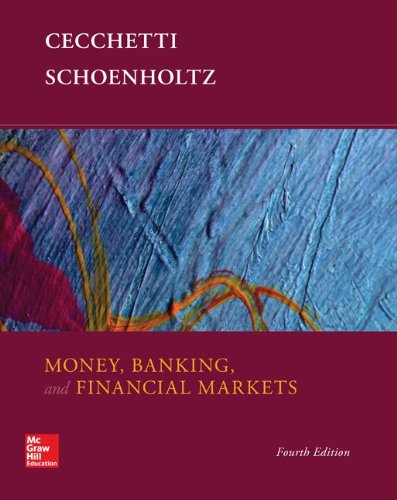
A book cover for Money, Banking and Financial Markets with Connect Access Card; Stephen Cecchetti; Business & Money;